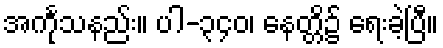
အင်္ကုသနည်း။ ပါ-၃၄၀၊ နေတ္တိ၌ ရေးခဲ့ပြီ။